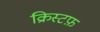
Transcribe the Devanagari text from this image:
क्रिस्टफ़